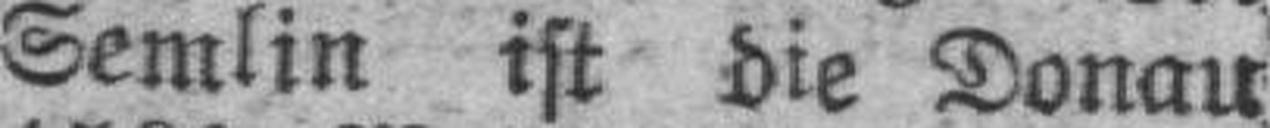
Semlin ist die Donau